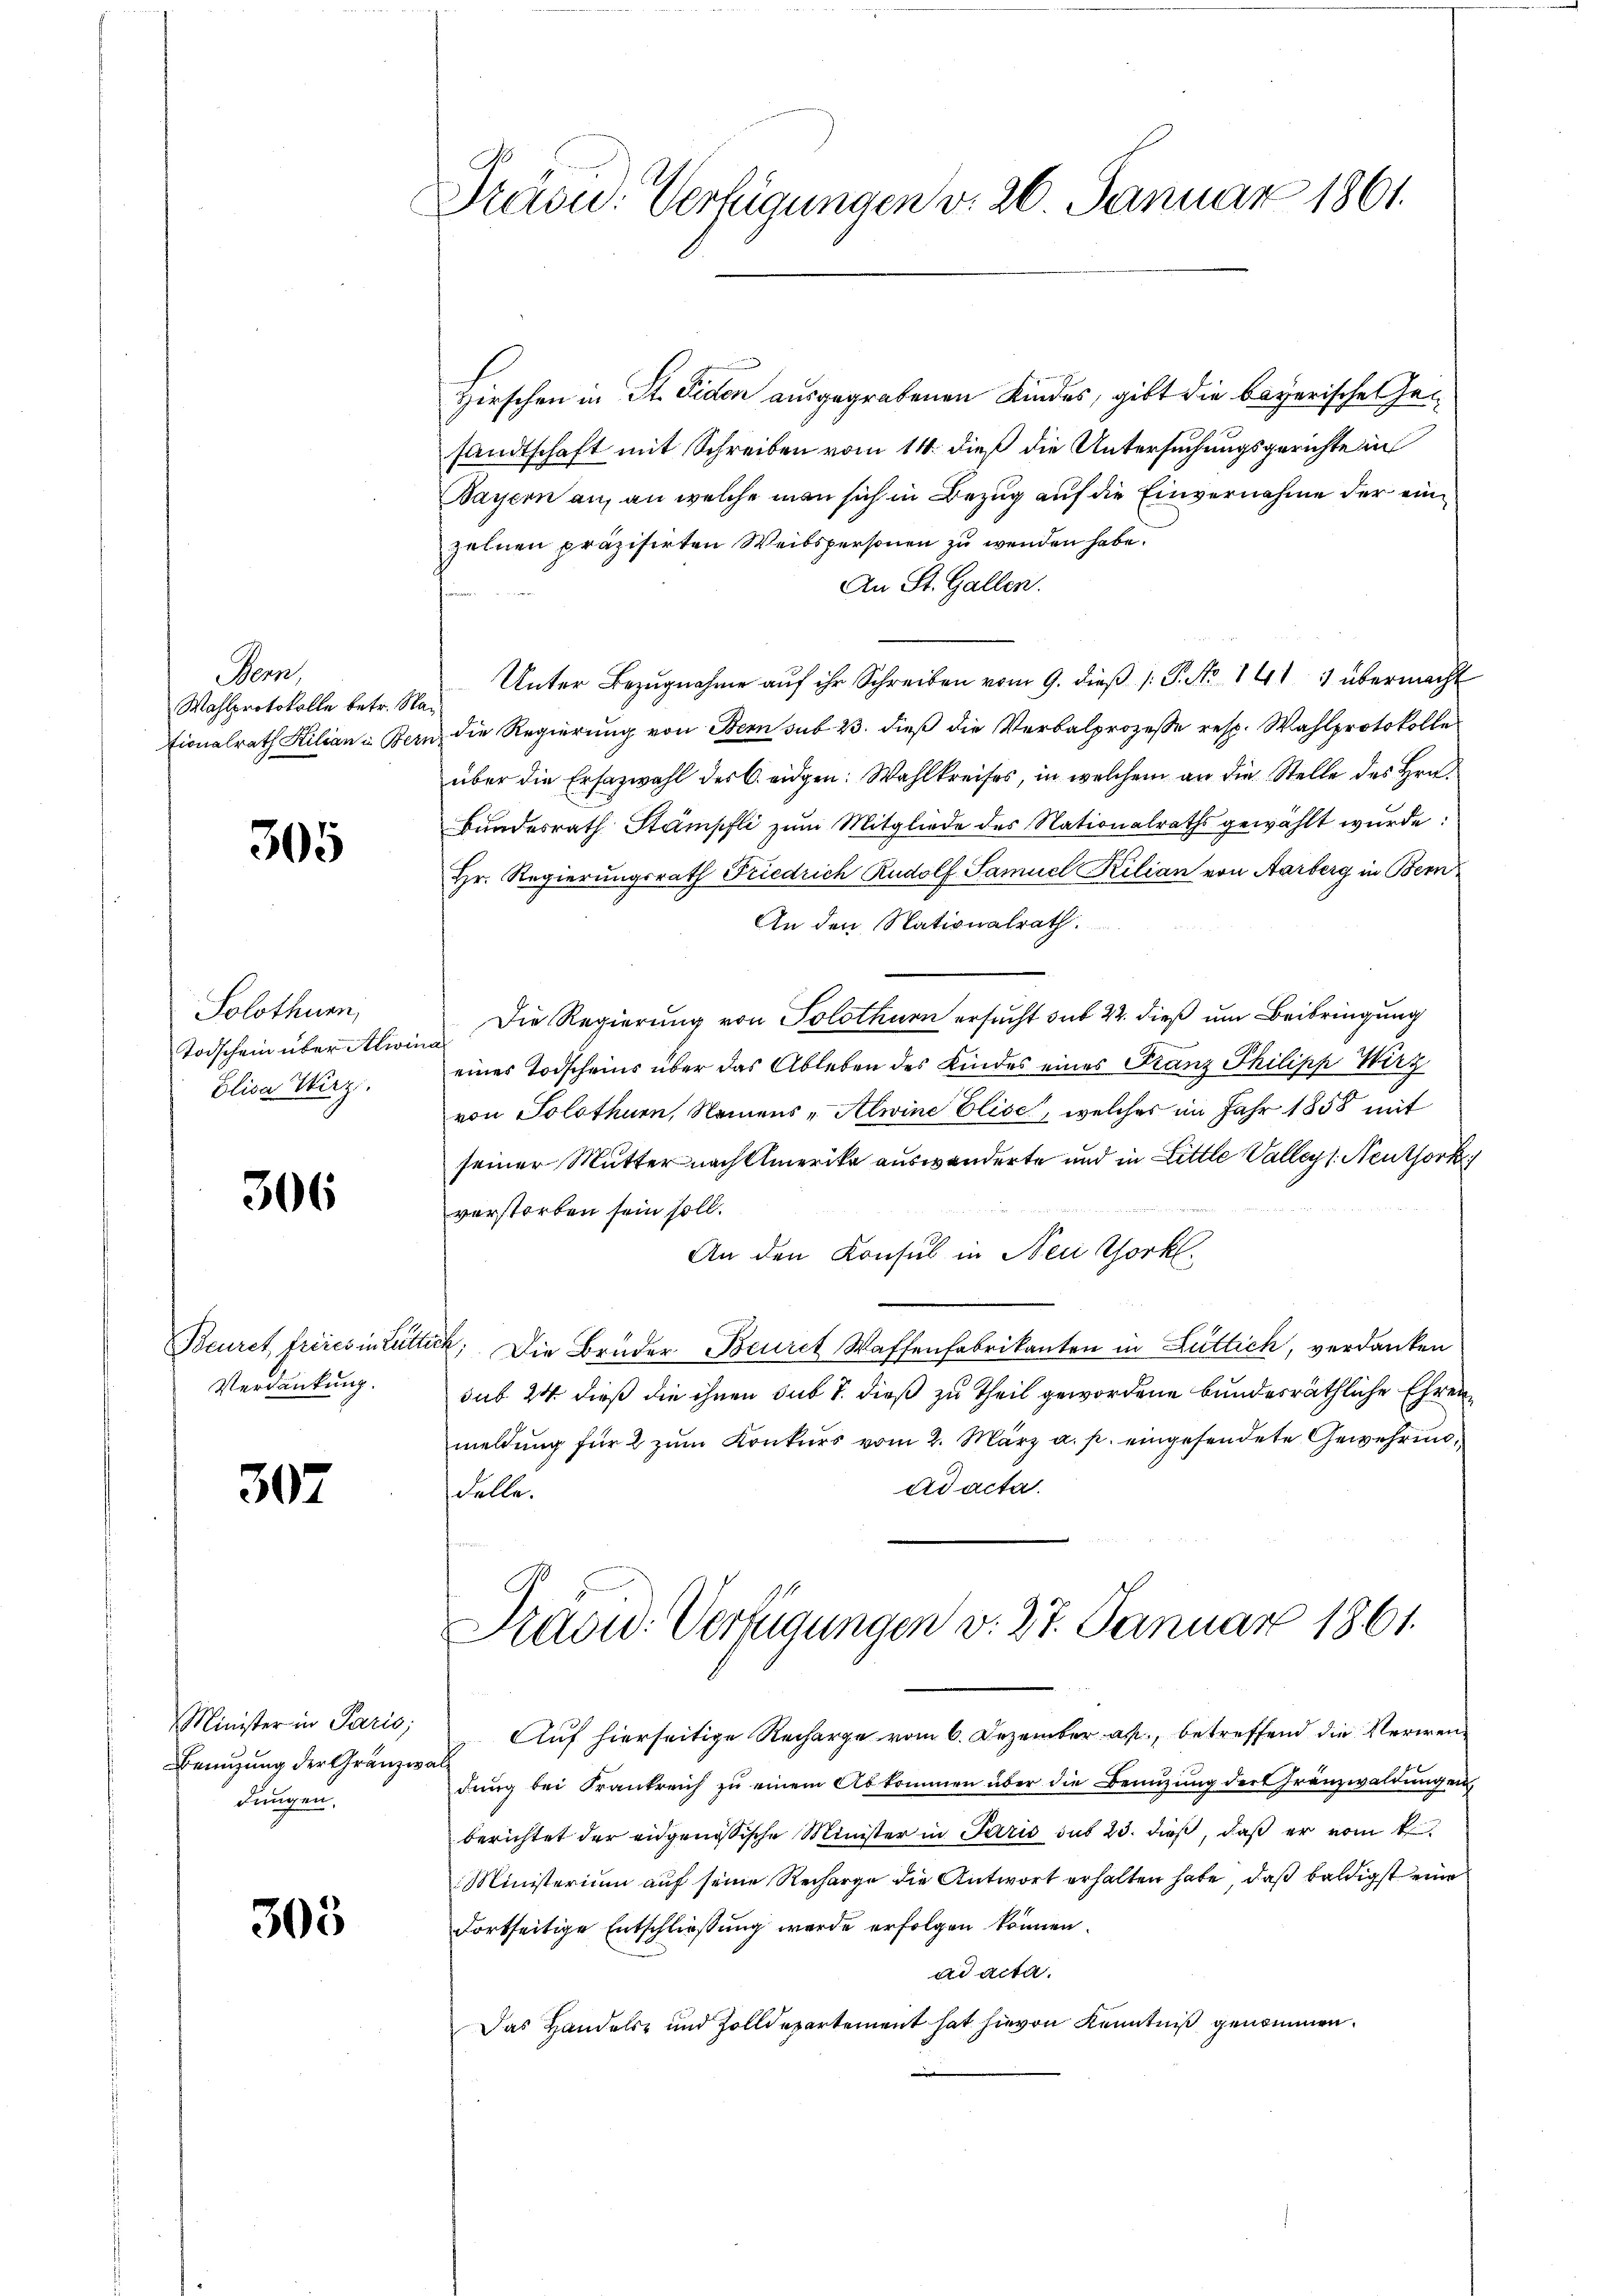
Bern,
Wahlprotokolle betr. Na
Eionalrath Kiliana Bern

305

Solothurn,
Todschein über Alin
Elisa Wirz

306

Beuret, frères in Lutr
Verdankung.

307

Minister in Paris;
Benutzung der Gränzwa
dungen,

303

Präsu. Verfügungen v. 26. Januar 1861.

Hirschen in St. Fiden ausgegrabenen Kindes, gibt die bayerische Gesandtschaft mit Schreiben vom 14. dieß die Untersuchungsgerichte in
Bayern an, an welche man sich in Bezug auf die Einvernahme der einzelnen präzisirten Weibspersonen zu wenden habe.
An St. Gallen.
Unter Bezŭgnahme aŭf ihr Schreiben vom 9. dieβ (: P. No 141 1 übermacht
 die Regierung von Bern sub 23. dieß die Verbalprozesse resp. Wahlprotokolle
über die Ersazwahl des C. eidgen: Wahlkreises, in welchem an die Stelle des Hrn.
Bundesrath Stämpfli zum Mitgliede des Nationalraths gewählt wurde:
Hr. Regierungsrath Friedrich Rudolf Samuel Kilian von Aarberg in Bern
An den Nationalrath.
Die Regierung von Solothurn ersucht sub 22. dieß um Beibringung
d
eines Todscheins über das Ableben des Kindes eines Franz Philipp Wirz
von Solothurn, Namens - Alwine Elise, welches im Jahr 1858 mit
seiner Mutter nach Amerika auswanderte und in Little Valleys Neuthork
verstorben sein soll.
An den Konsul in New York
. Die Brüder Beurct Waffenfabrikanten in Luttich, verdanken
sub 24 dieß die ihnen sub 7. dieß zu Theil gewordene bundesräthliche Ehrenmeldung für 2 zum Konkurs vom 2. März a. p. eingesendete Gewehringad acta.
delle.
Pradid: Verfügungen v. 27. Januar 1861.
z. Auf hierseitige Recharge vom 6. Dezember a., betreffend die Verwendung bei Frankreich zu einem Abkommen über die Benutzung der Gränzwaldung en
berichtet der eidgenössische Minister in Paris sub 23. dieß, daß er vom 4ten
Ministerium auf seine Recharge die Antwort erhalten habe, daß baldigst eine
Fortseitige Entschließung wurde erfolgen können.
ad acta.
Das Handels- und Zolldepartement hat hievon Kenntniß genommen.